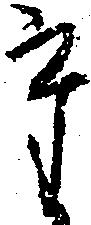
た